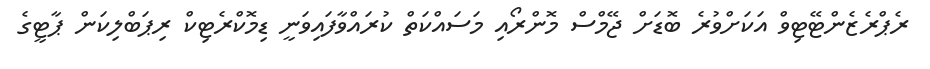
ރެޕްރެޒެންޓޭޓިވް އަކަށްވުރެ ބޮޑަށް ޖޭމްސް މޮންރޯއި މަސަައްކަތް ކުރައްވާފައިވަނީ ޑިމޮކްރެޓިކް ރިޕަބްލިކަން ޕާޓީގެ